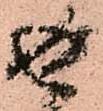
返